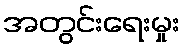
အတွင်းရေးမှုး